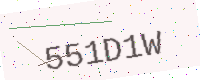
Text: 551D1W